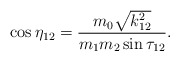
\begin{align*}\cos\eta_{12} = \frac{m_0 \sqrt{k_{12}^2}} {m_1 m_2 \sin\tau_{12}} .\end{align*}